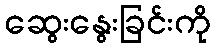
ဆွေးနွေးခြင်းကို